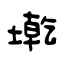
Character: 墘